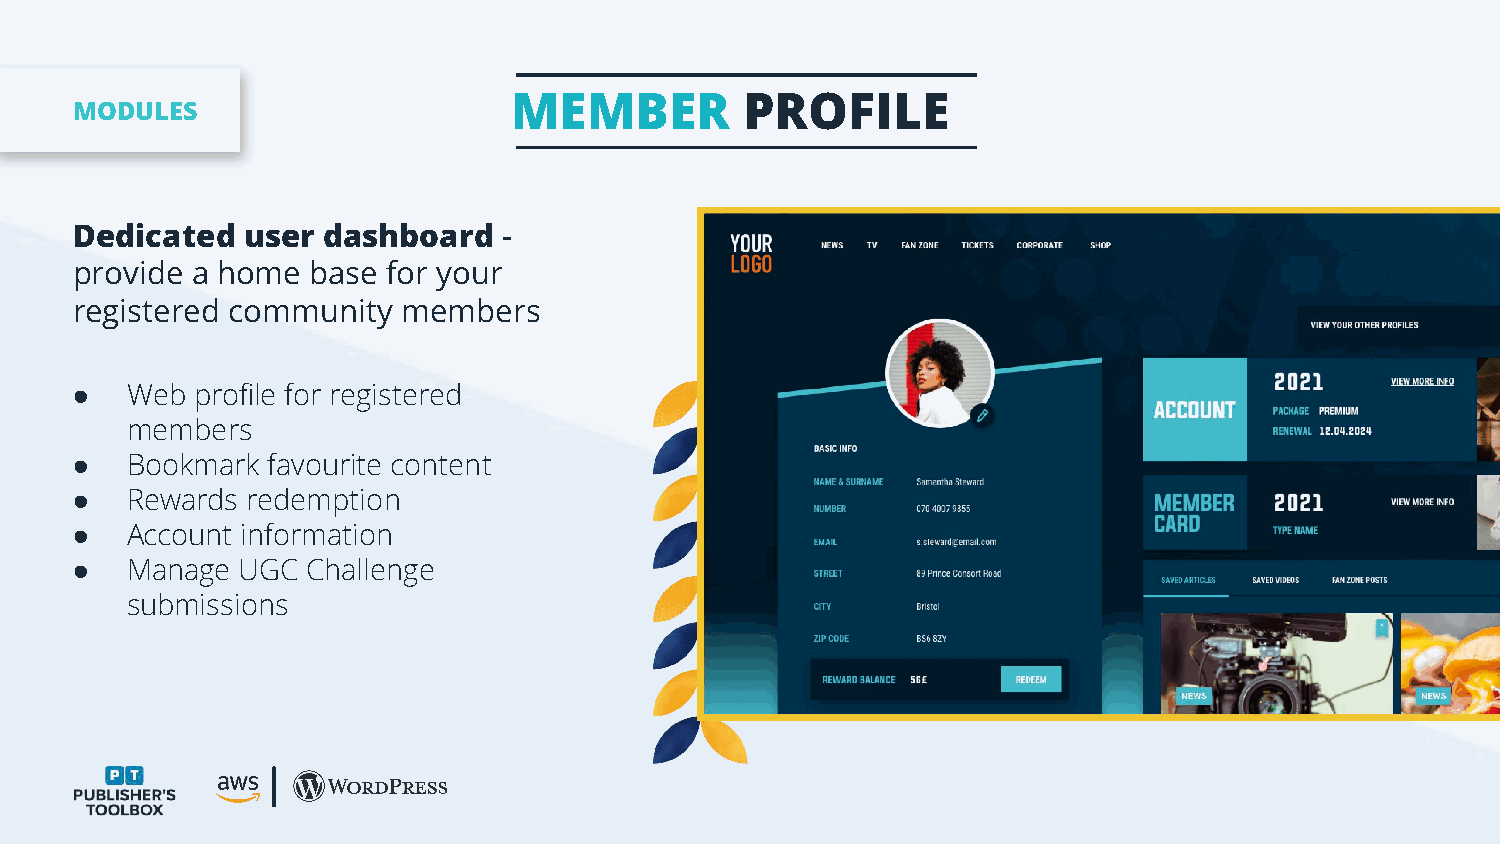
USER PROFILES                     MEMBER         PROFILE
 MODULES
 Dedicated  user dashboard   -
 provide a home  base for your
 registered community  members
 ●  Web  profile for registered
 members
 ●  Bookmark  favourite content
 ●  Rewards redemption
 ●  Account information
 ●  Manage  UGC Challenge
 submissions